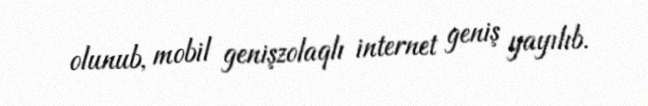
olunub, mobil genişzolaqlı internet geniş yayılıb.